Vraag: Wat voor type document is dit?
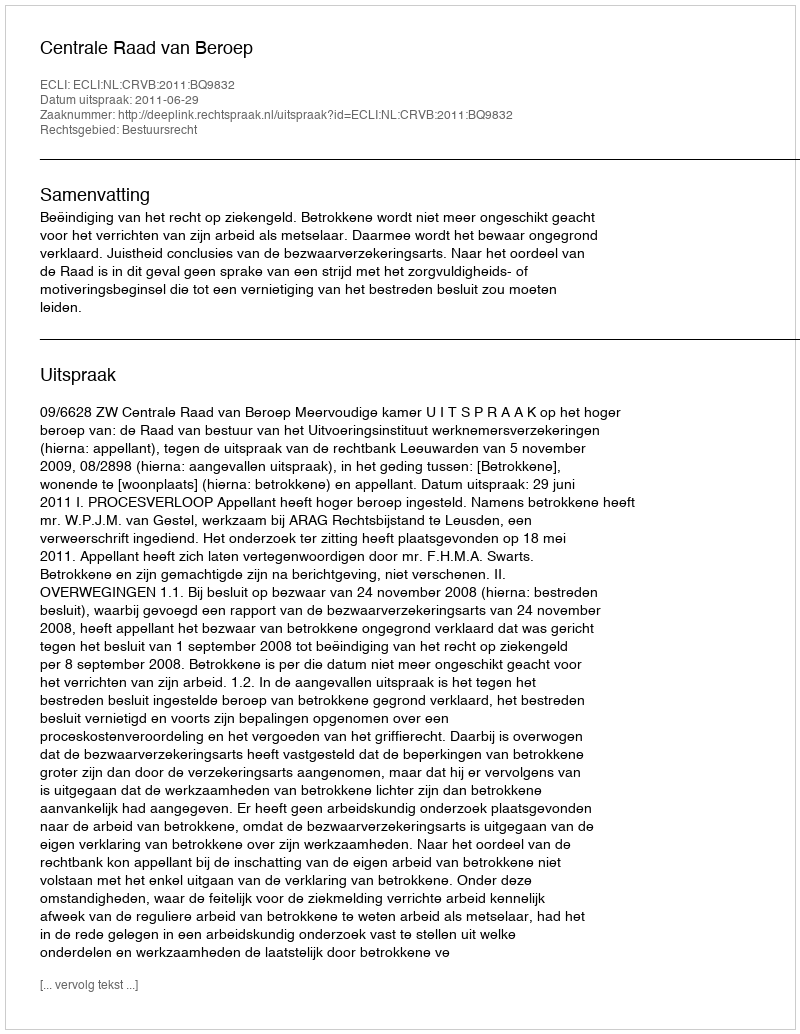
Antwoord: Uitspraak